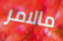
مالامر